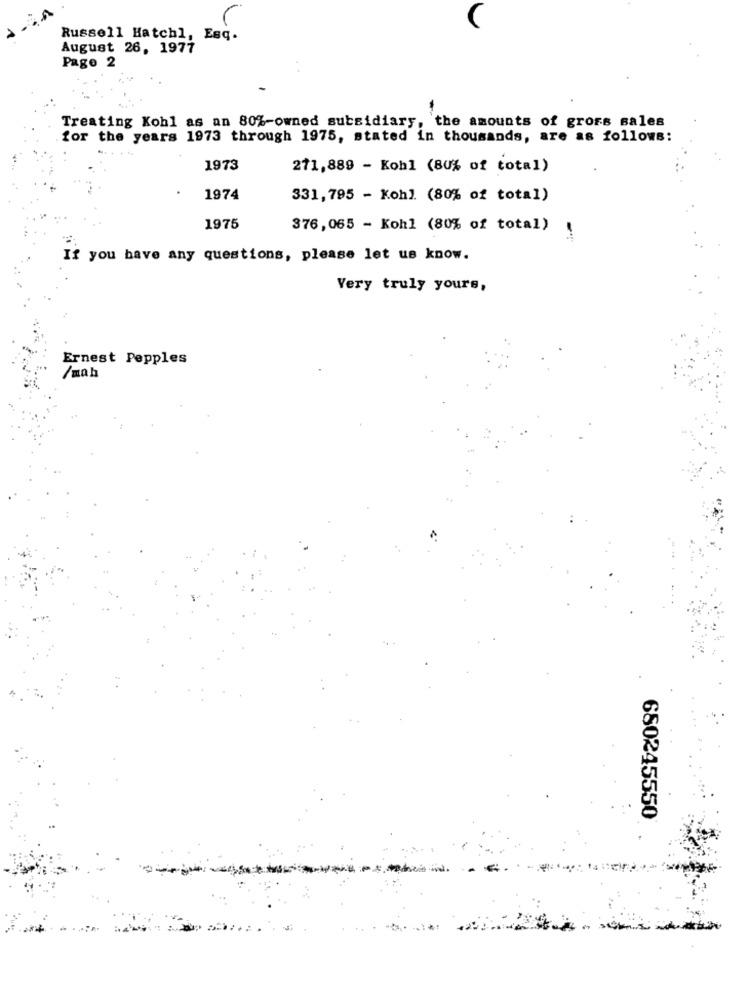
Russell Hatchl, Esq.
August 26, 1977
Page 2
. .
Treating Kohl as an 80%-owned subsidiary, the amounts of grors sales
for the years 1973 through 1975, stated in thousands, are as follows:
1973
271,889 - Kohl (80% of total)
1974
331,795 - Kohl. (80% of total)
1975
376,065 - Kohl (80% of total) !
If you have any questions, please let us know.
Very truly yours,
Ernest Pepples
/mah
680245550